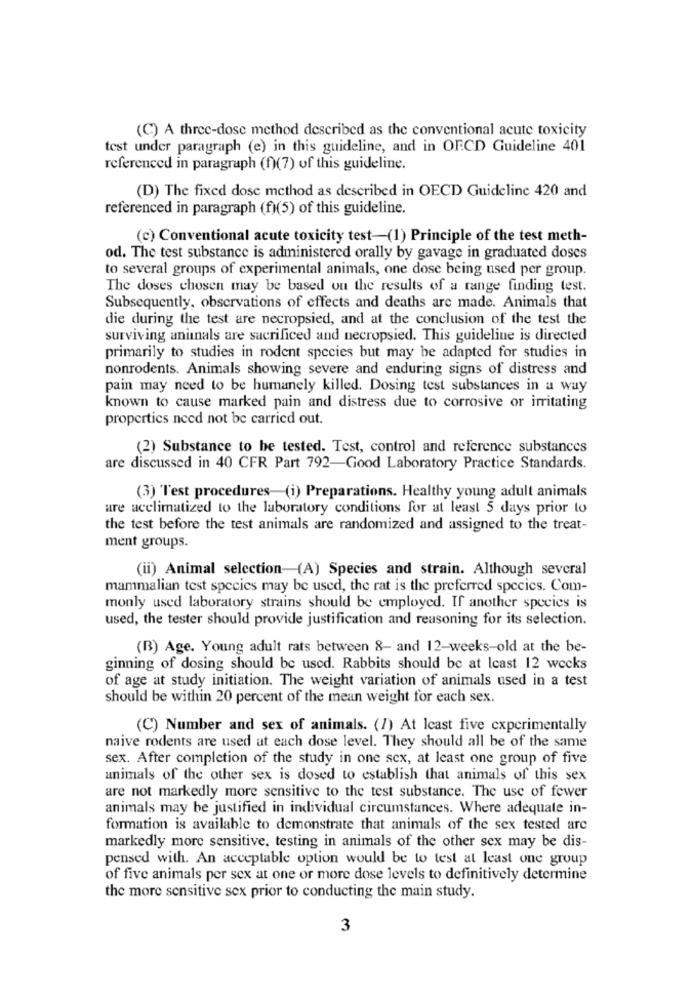
(C) A three-dose method described as the conventional acute toxicity
test under paragraph (e) in this guideline, and in OF.CD Guideline 401
referenced in paragraph (f)(7) of this guideline.
(D) The fixed dose method as described in OECD Guideline 420 and
referenced in paragraph (f)(5) of this guideline.
(c) Conventional acute toxicity test-(1) Principle of the test meth-
od. The test substance is administered orally by gavage in graduated doses
to several groups of experimental animals, one dose being used per group.
The doses chosen may be based on the results of a range finding test.
Subsequently, observations of effects and deaths are made. Animals that
die during the test are necropsied, and at the conclusion of the test the
surviving animals are sacrificed and necropsied. This guideline is directed
primarily to studies in rodent species but may be adapted for studies in
nonrodents. Animals showing severe and enduring signs of distress and
pain may need to be humanely killed. Dosing test substances in a way
known to cause marked pain and distress due to corrosive or irritating
properties need not be carried out.
(2) Substance to be tested. Test, control and reference substances
are discussed in 40 CFR Part 792-Good Laboratory Practice Standards.
(3) Test procedures (i) Preparations. Healthy young adult animals
are acclimatized to the laboratory conditions for at least 5 days prior to
the test before the test animals are randomized and assigned to the treat-
ment groups.
(ii) Animal selection-(A) Species and strain. Although several
mammalian test species may be used, the rat is the preferred species. Com-
monly used laboratory strains should be employed. If another species is
used, the tester should provide justification and reasoning for its selection.
(B) Age. Young adult rats between 8- and 12-weeks-old at the be-
ginning of dosing should be used. Rabbits should be at least 12 wecks
of age at study initiation. The weight variation of animals used in a test
should be within 20 percent of the mean weight for each sex.
(C) Number and sex of animals. (1) At least five experimentally
naive rodents are used at each dose level. They should all be of the same
sex. After completion of the study in one sex, at least one group of five
animals of the other sex is dosed to establish that animals of this sex
are not markedly more sensitive to the test substance. The use of fewer
animals may be justified in individual circumstances. Where adequate in-
formation is available to demonstrate that animals of the sex tested are
markedly more sensitive, testing in animals of the other sex may be dis-
pensed with. An acceptable option would be to test at least one group
of five animals per sex at one or more dose levels to definitively determine
the more sensitive sex prior to conducting the main study.
3